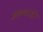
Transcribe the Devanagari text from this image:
अवकाडॊ